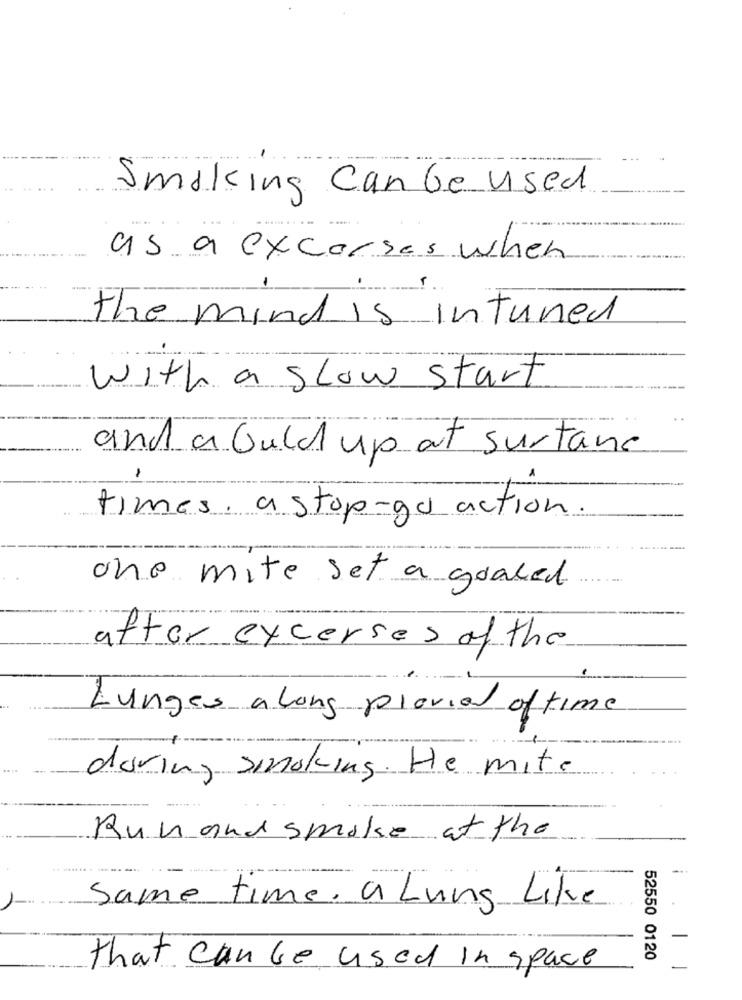
Smoking Can be used
..... .
as a excorses when
the mind is intuned
with a slow start
and a Guld up at surtane
times. a stop-go action
one mite set a goaled
after excerses of the
Lunges a long plavid of time
during smoking. He mite
Run and smoke at the
Same time. a Lung Like
-
52550 0120
that can be used in space